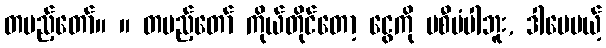
တပည့်တော်။ ။ တပည့်တော် ကိုယ်တိုင်တော့ ငွေကို မစီမံပါဘူး, ဒါပေမယ့်